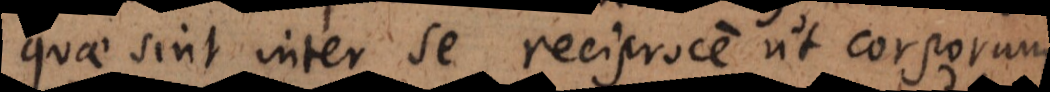
quae sint inter se reciproce ut corporum